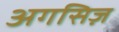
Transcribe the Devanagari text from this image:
अगसिज़